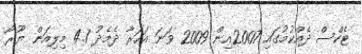
ޓެކްސް ދެއްކުމުގައި 2007އިން 2009 ވަނަ އަހަރާ ދެމެދު 4.1 މިލިއަން ޔޫރޯ